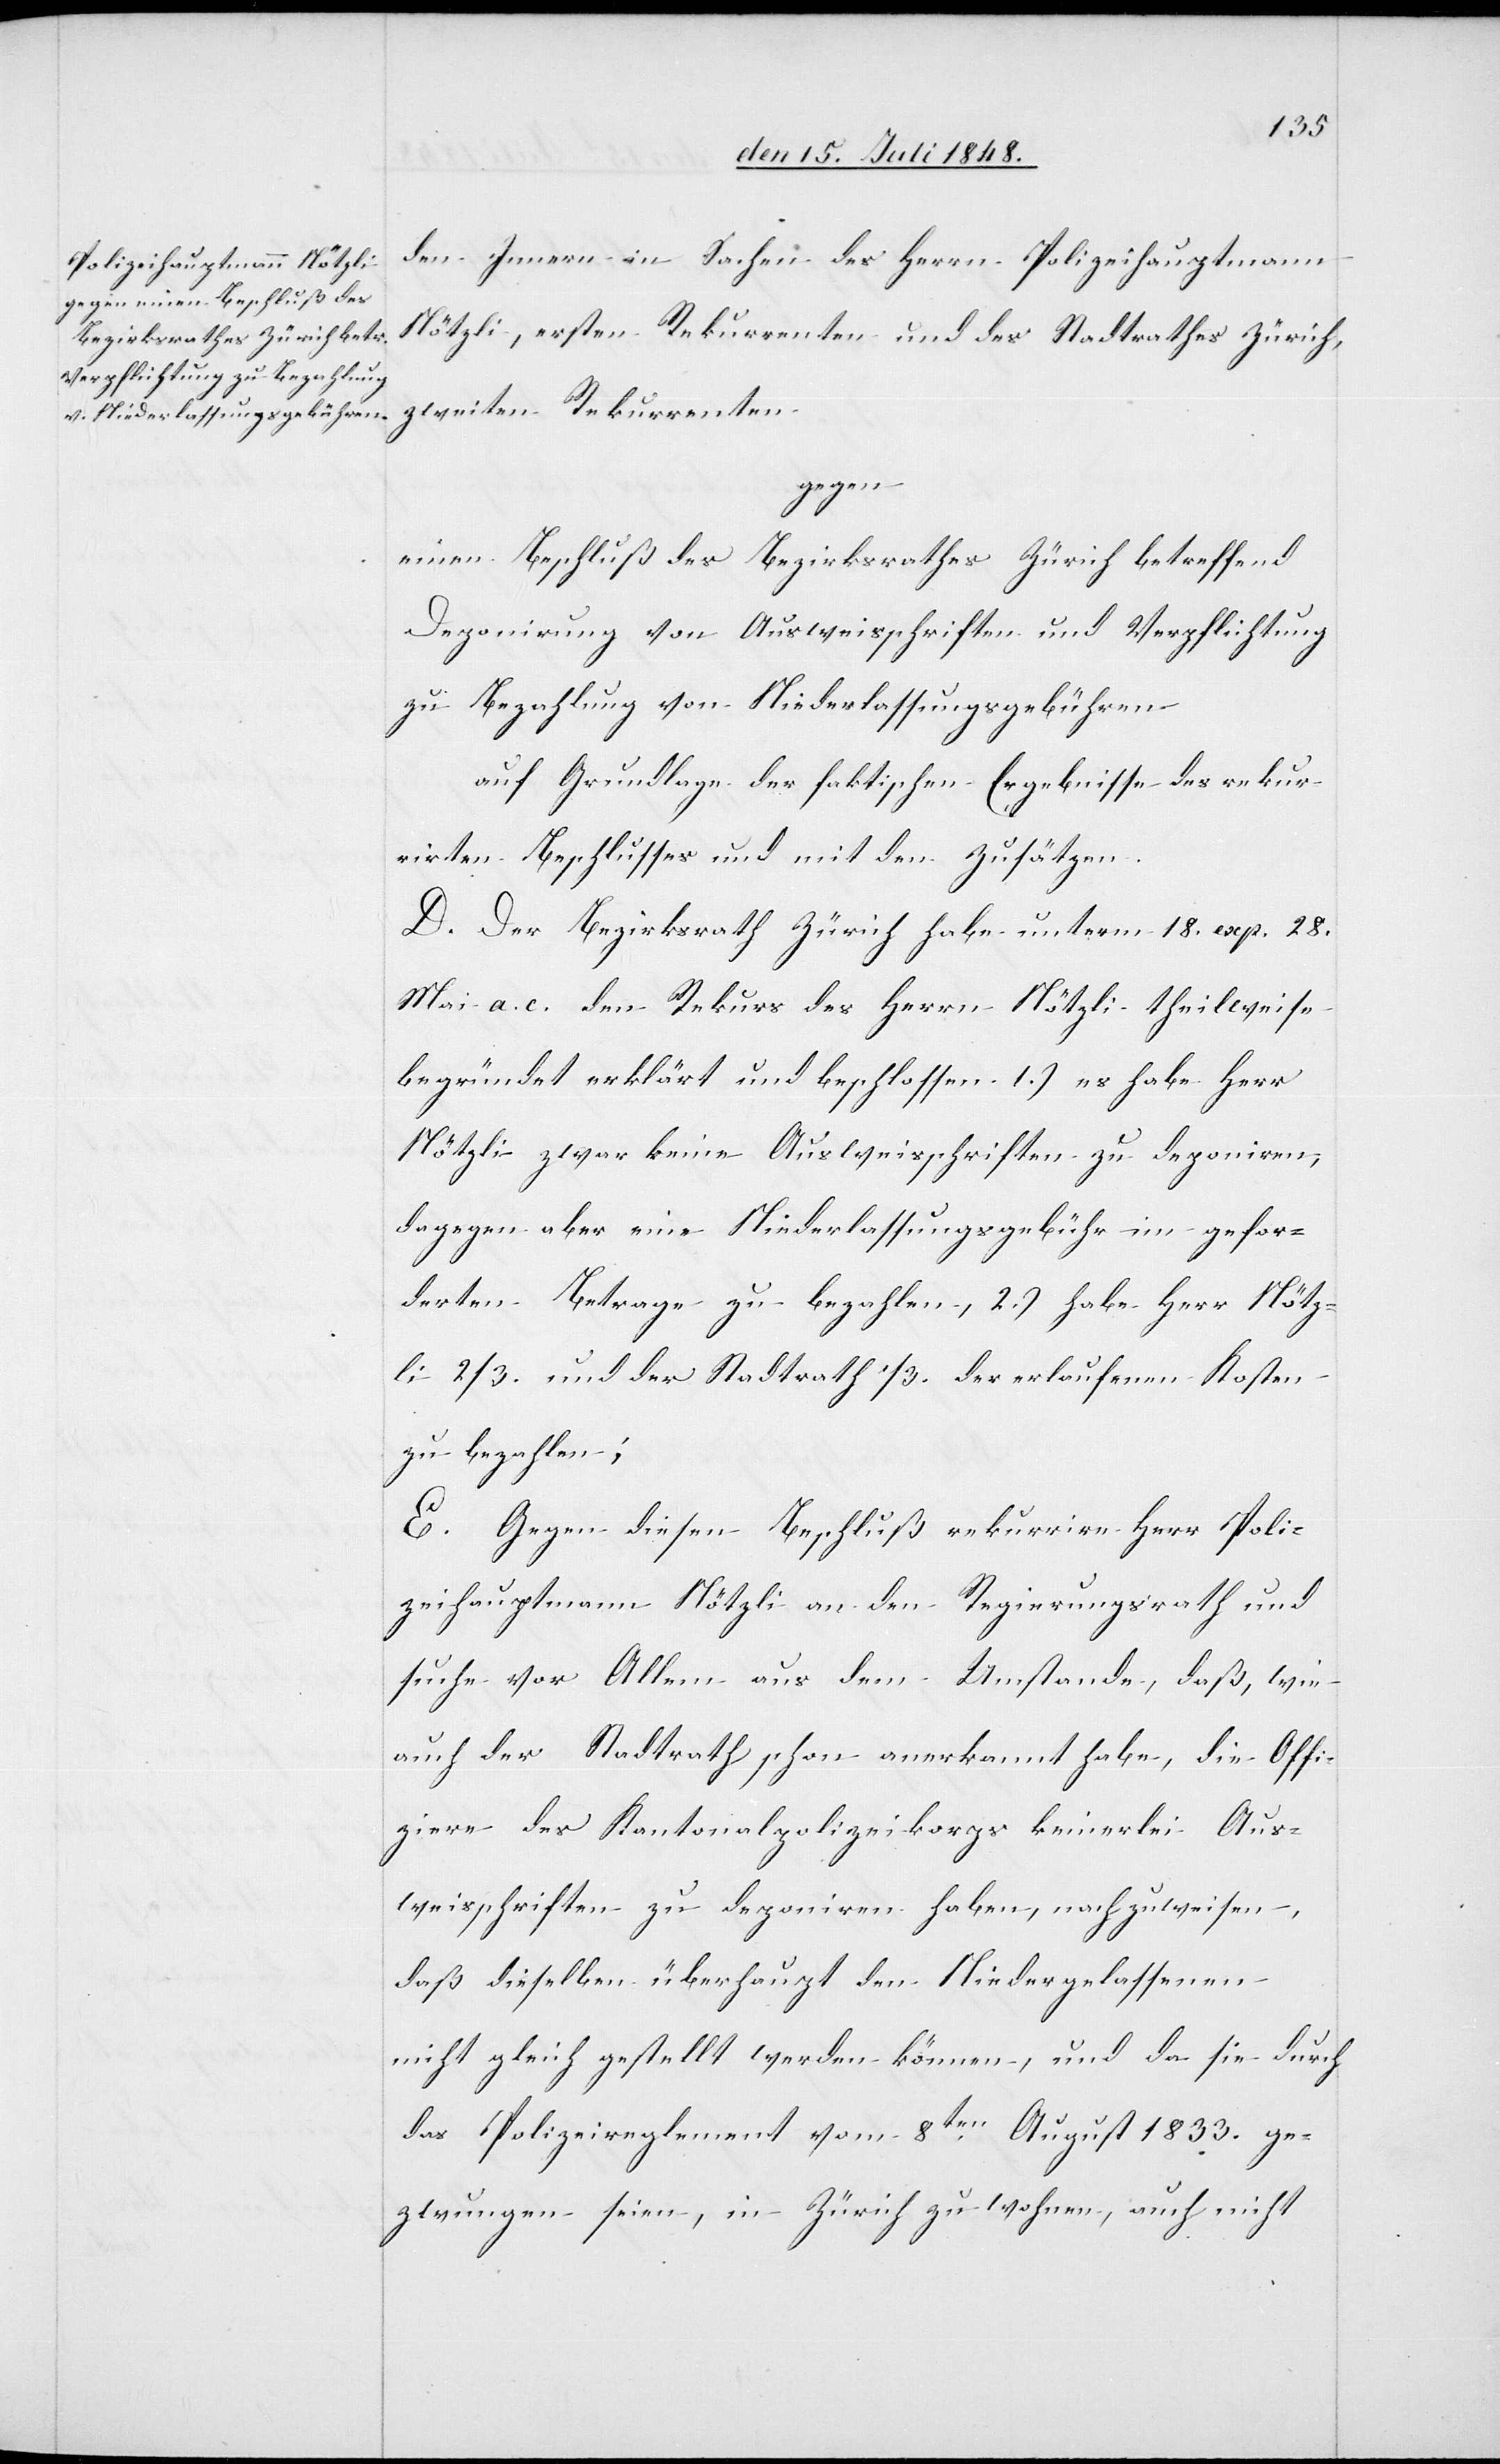
Innern in Sachen des Herrn Polizeihauptmann
Nötzli, ersten Rekurrenten und des Stadtrathes Zürich,
zweiten Rekurrenten
gegen
einen Beschluß des Bezirksrathes Zürich betreffend
Deponirung von Ausweisschriften und Verpflichtung
zu Bezahlung von Niederlassungsgebühren.
auf Grundlage der faktischen Ergebnisse des rekur¬
rirten Beschlusses und mit den Zusätzen.
D. Der Bezirksrath Zürich habe unterm 18. exp. 28.
Mai a. c. den Rekurs des Herrn Nötzli theilweise
begründet erklärt und beschlossen 1.) es habe Herr
Nötzli zwar keine Ausweisschriften zu deponiren,
dagegen aber eine Niederlassungsgebühr im gefor¬
derten Betrage zu bezahlen, 2.) habe Herr Nötz¬
li 2/3. und der Stadtrath 1/3. der erlaufenen Kosten
zu bezahlen;
E. Gegen diesen Beschluß rekurrire Herr Poli¬
zeihauptmann Nötzli an den Regierungsrath und
suche vor Allem aus dem Umstande, daß, wie
auch der Stadtrath schon anerkannt habe, die Offi¬
ziere des Kantonalpolizeikorps keinerlei Aus¬
weisschriften zu deponiren haben, nachzuweisen,
daß dieselben überhaupt den Niedergelassenen
nicht gleich gestellt werden können, und da sie durch
das Polizeireglement vom 8ten August 1833. ge¬
zwungen seien, in Zürich zu wohnen, auch nicht